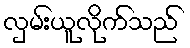
လှမ်းယူလိုက်သည်